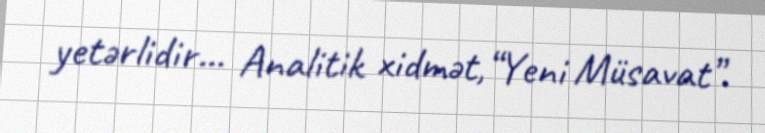
yetərlidir... Analitik xidmət,“Yeni Müsavat”.